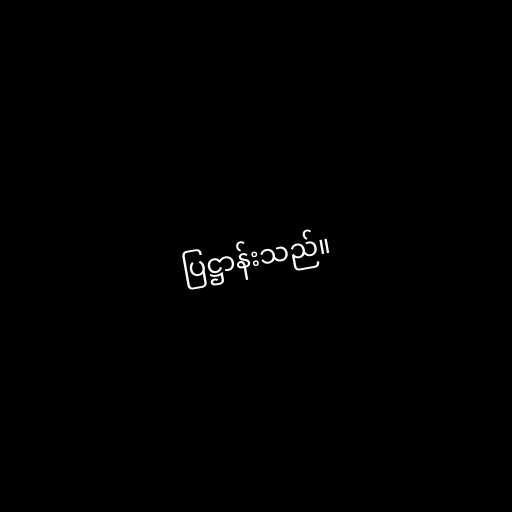
ပြဋ္ဌာန်းသည်။